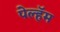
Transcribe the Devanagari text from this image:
पेल्हॅम